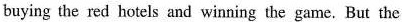
buying the red hotels and winning the game. But the